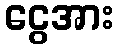
ငွေအား